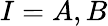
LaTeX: I=A,B